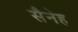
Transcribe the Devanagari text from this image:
सैनेह